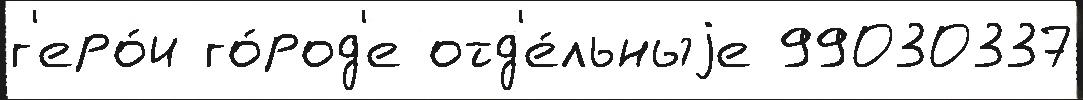
г'еро́и го́род'е отд'е́льныjе 99030337